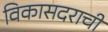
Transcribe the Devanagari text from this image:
विकासदराची